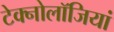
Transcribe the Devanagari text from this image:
टेक्नोलॉजियां